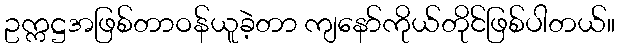
ဥက္ကဋ္ဌအဖြစ်တာဝန်ယူခဲ့တာ ကျနော်ကိုယ်တိုင်ဖြစ်ပါတယ်။